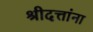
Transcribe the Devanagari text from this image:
श्रीदत्तांना